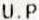
U.P